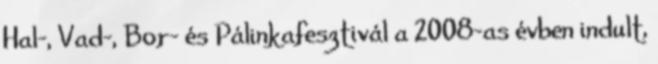
Hal-, Vad-, Bor- és Pálinkafesztivál a 2008-as évben indult,